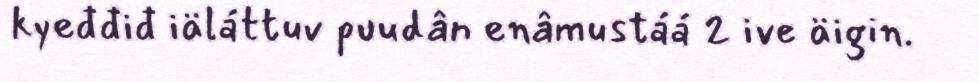
kyeđđiđ iäláttuv puudân enâmustáá 2 ive äigin.